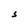
Character: S